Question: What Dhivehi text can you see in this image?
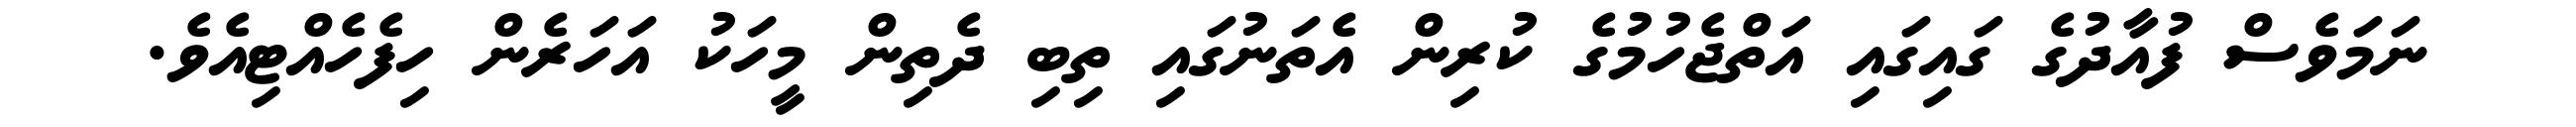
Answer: ނަމަވެސް ފުއާދުގެ ގައިގައި އަތްޖެހުމުގެ ކުރިން އެތަނުގައި ތިބި ދެތިން މީހަކު އަހަރެން ހިފެހެއްޓިއެވެ.